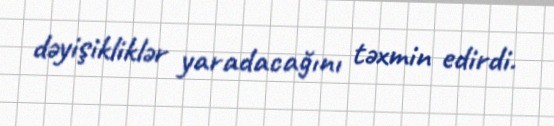
dəyişikliklər yaradacağını təxmin edirdi.